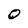
Character: 0